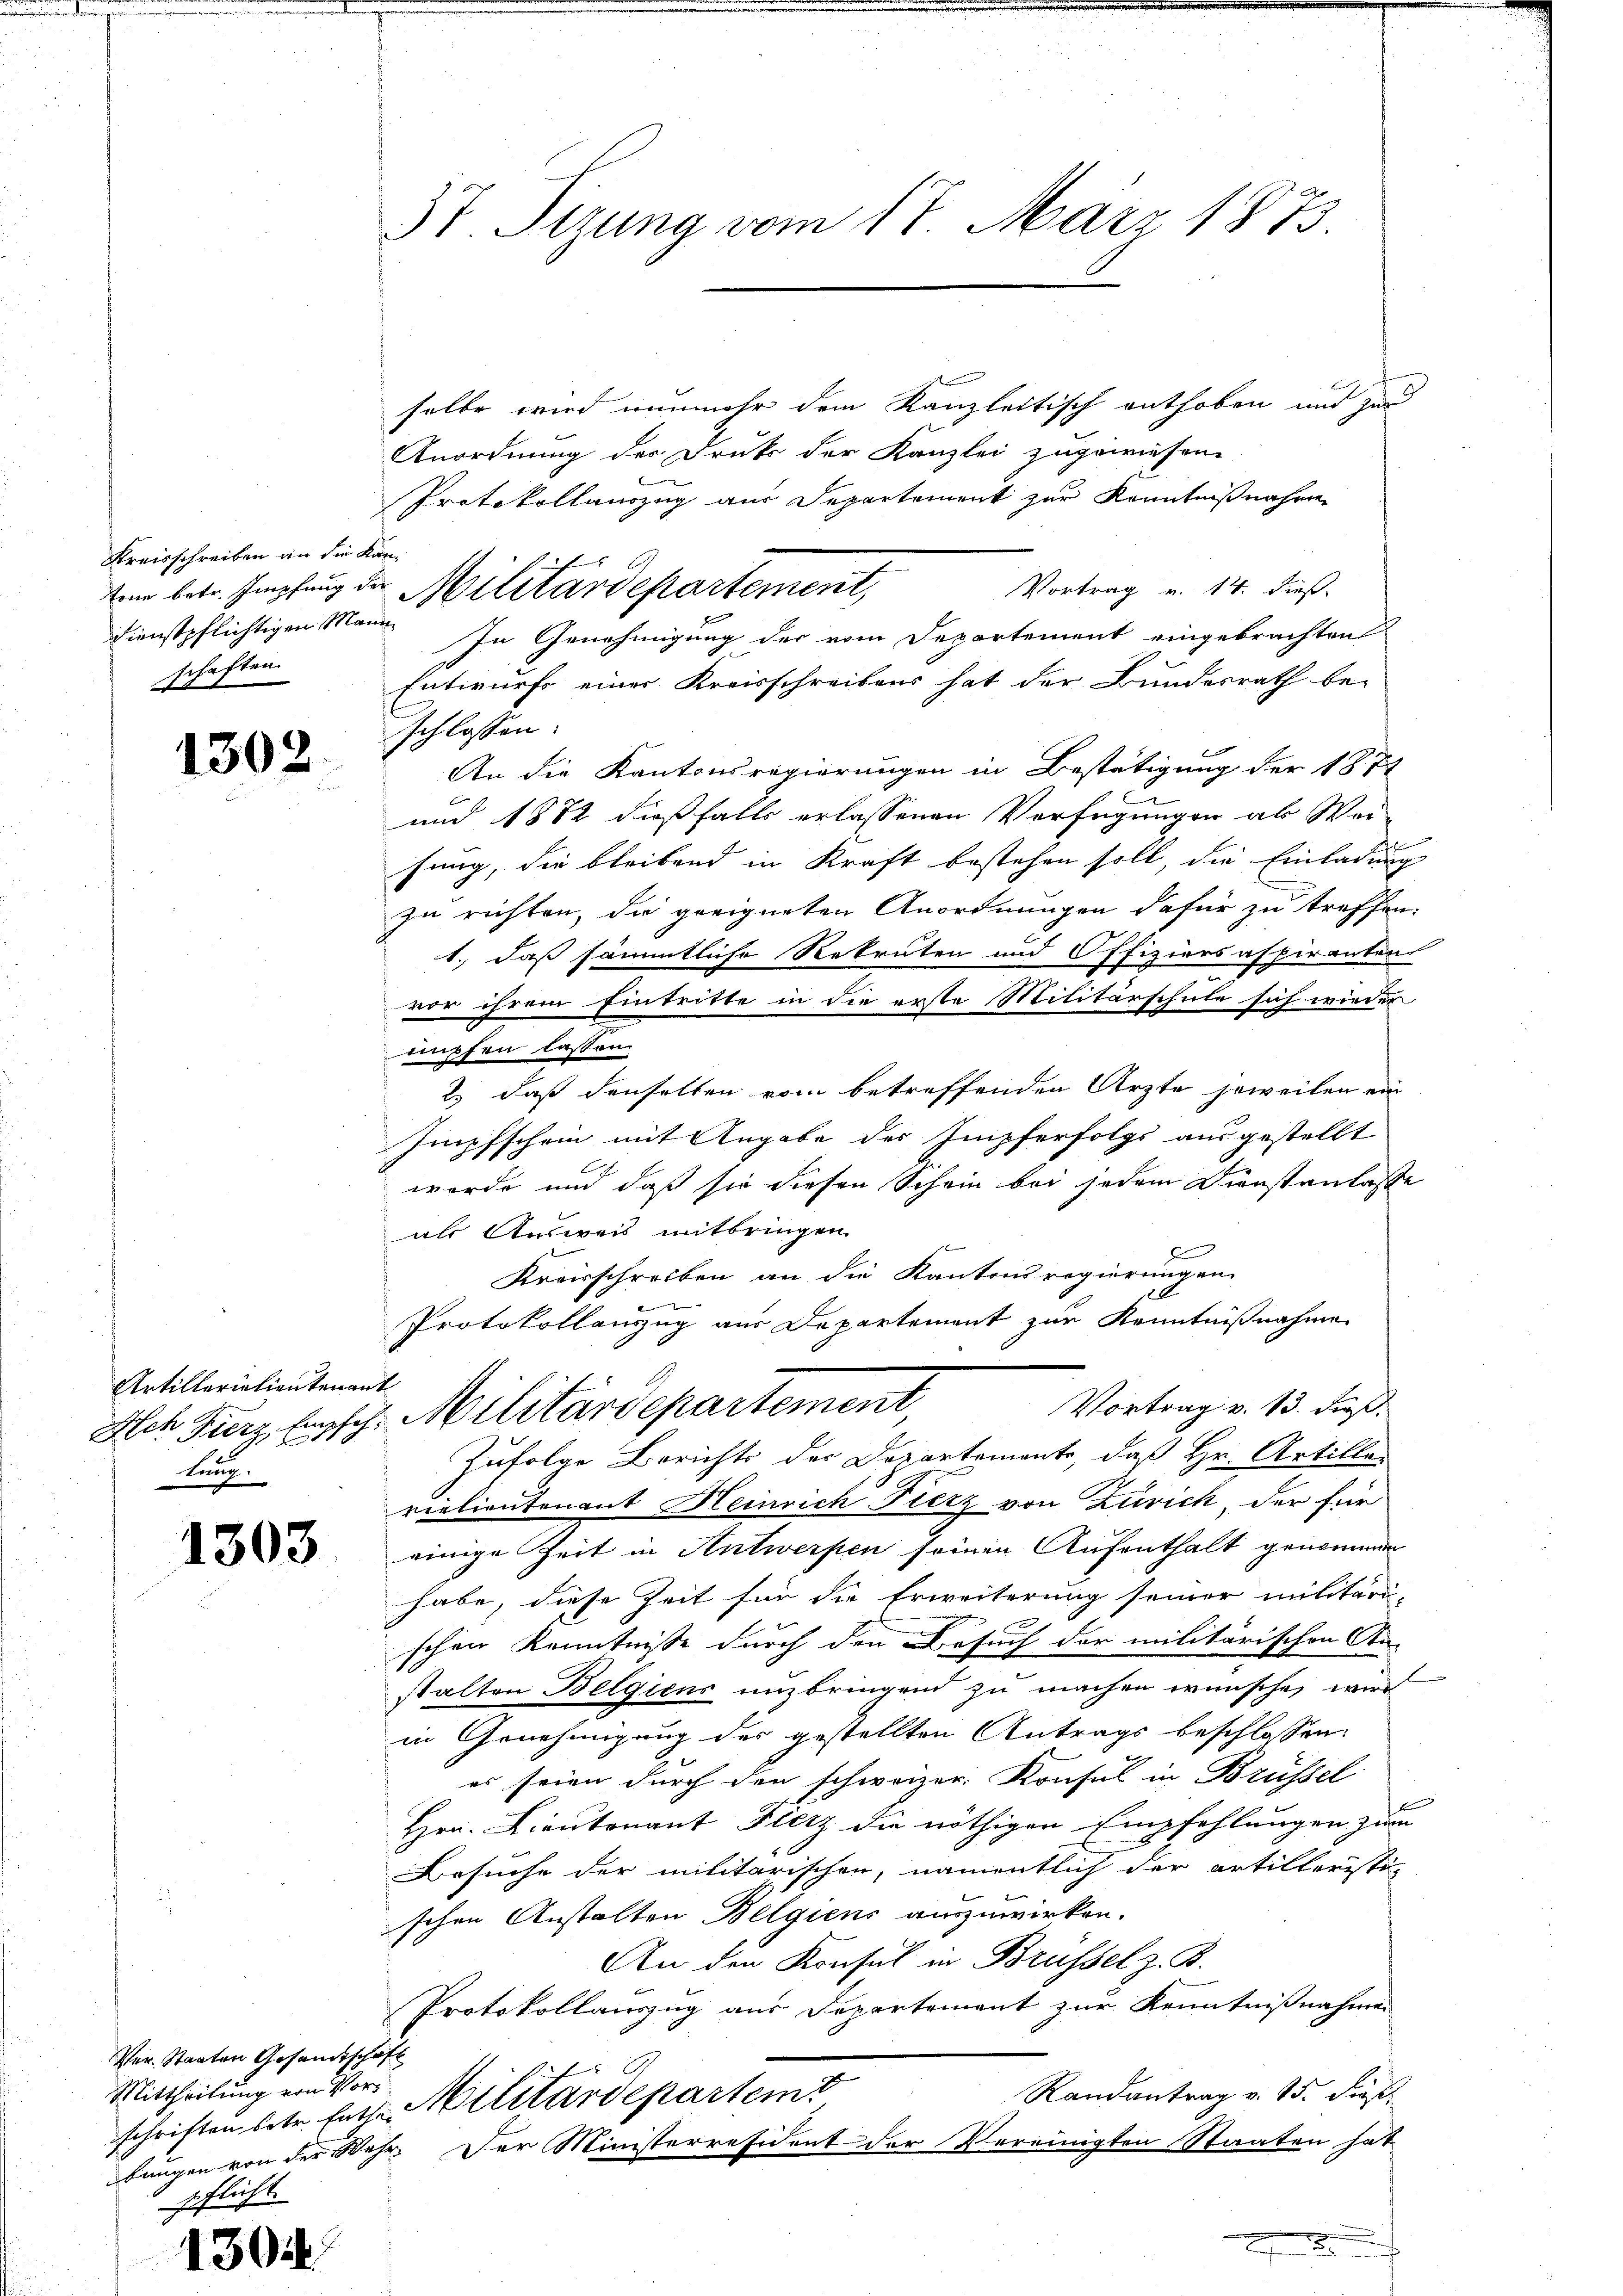
Kreisschreiben an die Kandienstpflichtigen Mann
schaften.

1302.
 wen

Artillerialientenant
tang

1303

Ver. Staaten Gesandtschäft
Mittheilung von Vorpflicht.

1304

37. Sizung vom 17. März 1873.

selbe wird nunmehr dem Kanzleitisch enthoben und zur
Anordnung der Druk der Kanzlei zugewiesen.
Protokollauszug aus Departement zur Kenntnißnahme
Vortrag v. 14. dieß
In Genehmigung der vom Departement eingebrachten
Entwurfs einer Kreisschreibens hat der Bundesrath be-
schlossen:
An die Kantonsregierungen in Bestätigung der 1871
und 1872 dießfalls erlassenen Verfügungen ab Wei-
fung, die bleibend in Kraft bestehen soll, die Einladung
zu richten, die geeigneten Anordnungen dafür zu treffen.
1., daß sämmtliche Rekruten und Offiziersaspiranten

vor ihrem Eintritte in die erste Militärschule sich wieder
müpfen lassen.
2) daß denselben vom betreffenden Ärzte jeweilen ein
Impfschein mit Angabe des Impferfolgs ausgestellt
werde und daß sie diesen Schein bei jedem Dienstanlasse
als Ausweis mitbringen
E
Kreisschreiben an die Kantonsregierungen
-
Protokollanzug aus Departement zur Kenntnißnahme
Vortrag v. 13. dieß.
Alch Fierz besch. Militärdepartement,
Zufolge Berichts der Departement, daß Hr. Artilla-
viaetientenant Heinrich Fierz von Zürich, der für
einige Zeit in Antwerpen seinen Aufenthalt genommen
habe, diese Zeit für die Erweiterung seiner militari-
schen Kenntniße durch den Besuch der militärischen An-
stalten Belgiens unzbringend zu machen wünsche, wird
in Genehmigung des gestellten Antrags beschlossen:
es seien durch den schweizer. Konsul in Brüssel
Hrn. Lieutnant Herz die nöthigen Empfehlungen zum
Besuche der militarischen, namentlich der artilleristi-
schen Anstalten Belgiens auszuwirken.
An den Konsul in Brüssel z. B.
Protokollauszug aus Departement zur Kenntnißnahmen
Randantrag v. 15. dieß
schriften, betr. Entte Militärdeparteme
bungen von der Wehr. Der Ministerresident der Vereinigten Staaten hat

ten betr. Empfang der Militärdepartement,